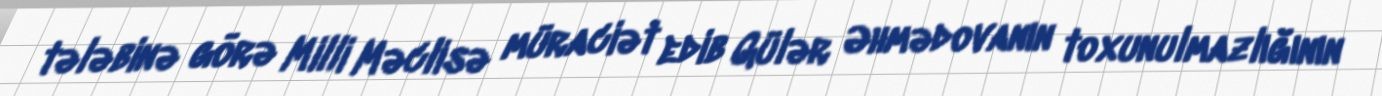
tələbinə görə Milli Məclisə müraciət edib Gülər Əhmədovanın toxunulmazlığının